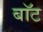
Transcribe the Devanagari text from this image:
बाॅट